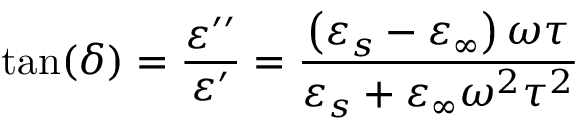
\tan ( \delta ) = { \frac { \varepsilon ^ { \prime \prime } } { \varepsilon ^ { \prime } } } = { \frac { \left( \varepsilon _ { s } - \varepsilon _ { \infty } \right) \omega \tau } { \varepsilon _ { s } + \varepsilon _ { \infty } \omega ^ { 2 } \tau ^ { 2 } } }